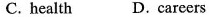
C.health D.careers